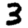
Digit: 3